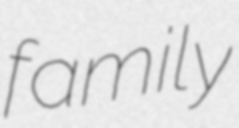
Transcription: family